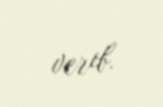
verib.